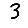
Digit: 3